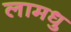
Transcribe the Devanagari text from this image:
लामधु